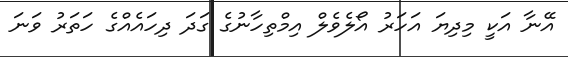
އޭނާ އަކީ މިދިޔަ އަހަރު އޯލެވެލް އިމްތިހާނުގެ ގަދަ ދިހައެއްގެ ހަތަރު ވަނަ